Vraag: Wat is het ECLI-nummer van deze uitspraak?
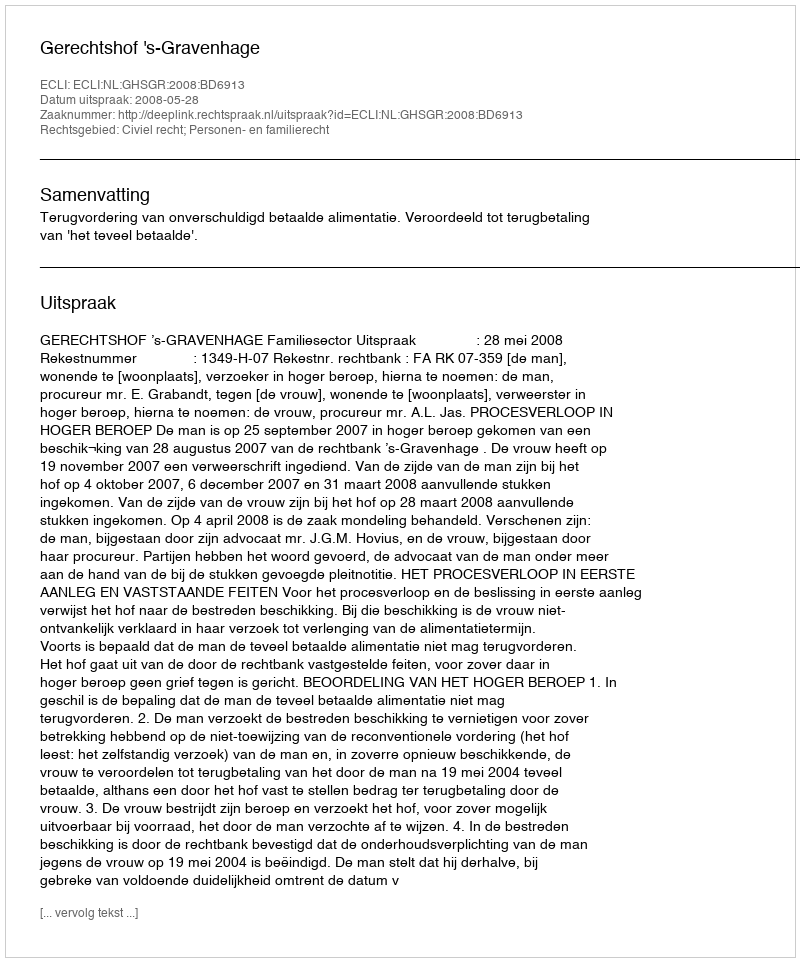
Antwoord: ECLI:NL:GHSGR:2008:BD6913